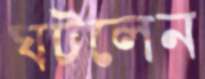
ঘটলেন